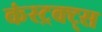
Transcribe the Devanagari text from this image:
कंस्ट्रक्ट्स